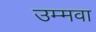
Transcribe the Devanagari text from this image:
उम्मवा